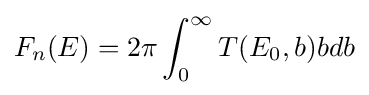
F_{n}(E)=2\pi \int _{0}^{\infty }T(E_{0},b)bdb